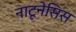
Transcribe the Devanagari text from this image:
नाटूनेसिस